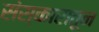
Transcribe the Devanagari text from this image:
संस्कारातून